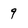
Character: 9